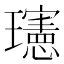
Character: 𪼭